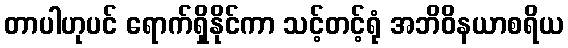
တာပါဟုပင် ရောက်ရှိနိုင်ကာ သင့်တင့်ရုံ အဘိဝိနယာစရိယ